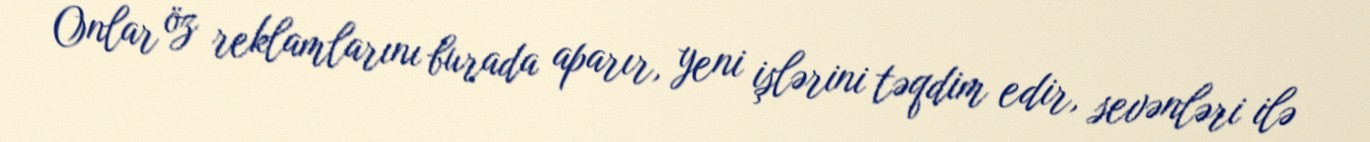
Onlar öz reklamlarını burada aparır, yeni işlərini təqdim edir, sevənləri ilə